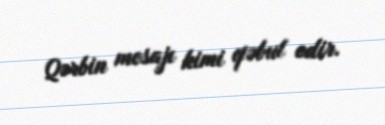
Qərbin mesajı kimi qəbul edir.